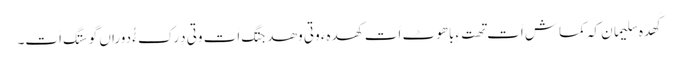
کَھدہ سِلیمان کہ کماش اَت تھتءِ باھوٹ اَت کھدہءَ وتی وھدجتگ اَت وتی دِرک ءُُ دوراں گوستگ اَت۔